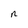
Character: n